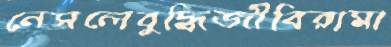
নেসলেবুদ্ধিজীবিরামা